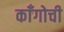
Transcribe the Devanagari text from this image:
काँगोची